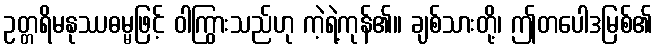
ဥတ္တရိမနုဿဓမ္မဖြင့် ဝါကြွားသည်ဟု ကဲ့ရဲ့ကုန်၏။ ချစ်သားတို့၊ ဤတပေါဒမြစ်၏